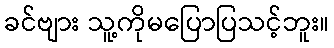
ခင်ဗျား သူ့ကိုမပြောပြသင့်ဘူး။